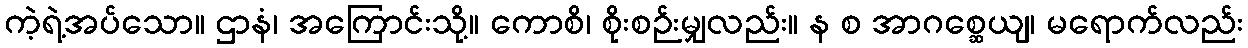
ကဲ့ရဲ့အပ်သော။ ဌာနံ၊ အကြောင်းသို့။ ကောစိ၊ စိုးစဉ်းမျှလည်း။ န စ အာဂစ္ဆေယျ၊ မရောက်လည်း